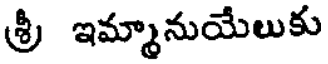
శ్రీ ఇమ్మానుయేలుకు